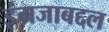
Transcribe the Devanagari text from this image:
इंग्रजाबद्दल